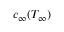
c _ { \infty } ( T _ { \infty } )